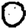
Digit: 0